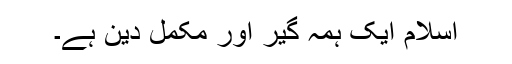
اسلام ایک ہمہ گیر اور مکمل دین ہے۔